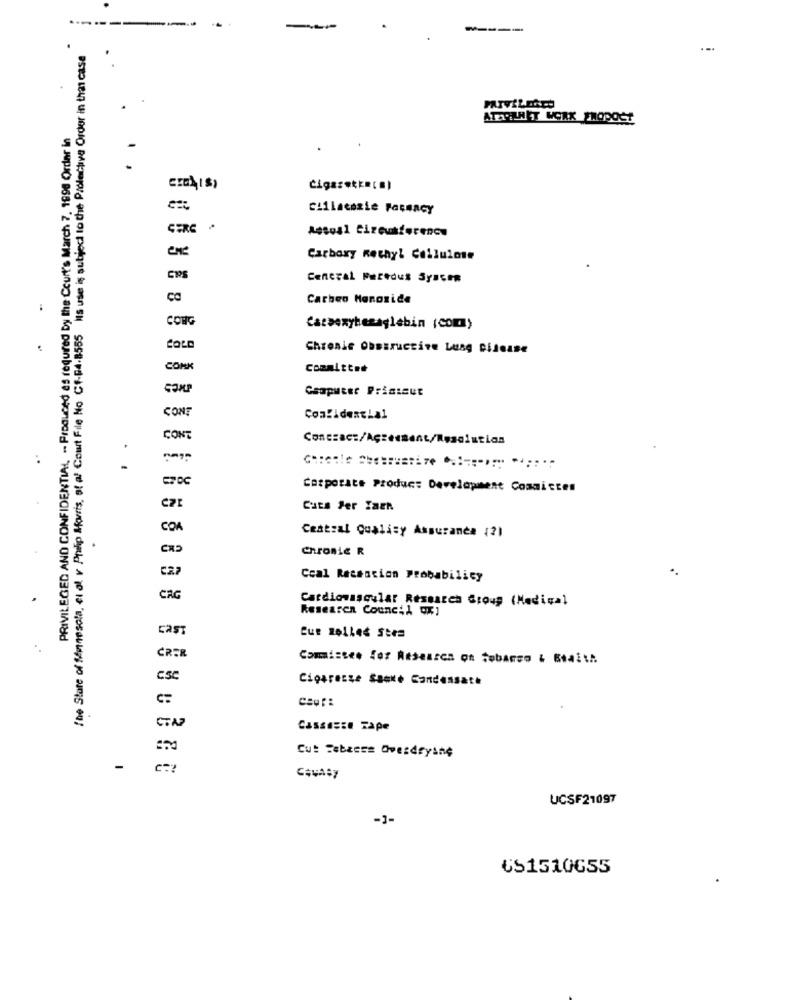
------
----
The Store of Minnesota, et al. v Philip Morris, of al Court File No Cf-04-8555 Ils use is subject to the Protective Order in that case
...
ATARLAET WORK SHOPOCT
PRIVILEGED AND CONFIDENTIAL, -- Produced as required by the Court's March 7, 1998 Ordar in
CIBA(S)
esc
cillacosie Faceacy
CERE
Aesoal Cizcusterencu
Carboxy methyl Cellulose
GRS
Central Partdus System
8
Carbon Monoxide
:
CONG
Catsexybezaglebin (Com)
Chronic Obstructive Lung Disease
CONK
Committee
Gaapueer Printsut
CONT
Confidential
CONT
.
Corporate Produc: Development Commictes
Cuts Fer Taen
COM
Central Quality Assurance (21
Chronic R
C27
Coal Recencion Probability
CAG
Cardiovascular Research Group (Medical
Researen Council Ox]
ERST
ČRER
Committee (07 Aisearea on tobacco & Biait ..
CSC
Cigarecze Sanke Condensate
Cassette Tape
Cut FebRess Overdrysne
CAVASy
UCSF21097
-1-
651510G55